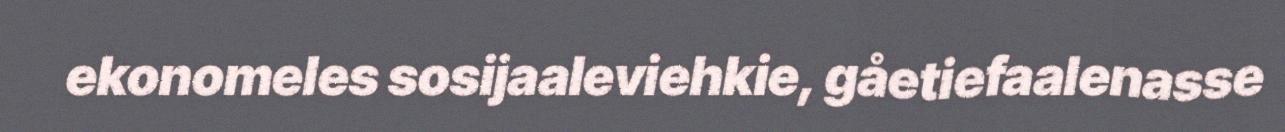
ekonomeles sosijaaleviehkie, gåetiefaalenasse